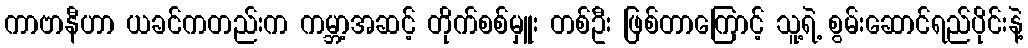
ကာဗာနီဟာ ယခင်ကတည်းက ကမ္ဘာ့အဆင့် တိုက်စစ်မှူး တစ်ဦး ဖြစ်တာကြောင့် သူ့ရဲ့ စွမ်းဆောင်ရည်ပိုင်းနဲ့